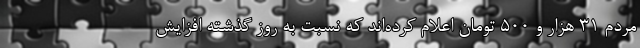
مردم ۳۱ هزار و ۵۰۰ تومان اعلام کرده‌اند که نسبت به روز گذشته افزایش